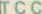
TCC